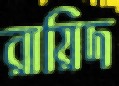
রায়িদ